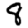
Digit: 8